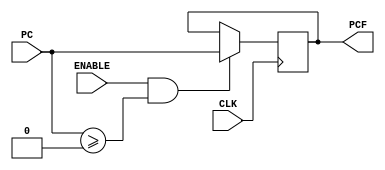
`timescale 100fs/100fs

// Simulate the WB_IF register
module WB_IF(PC, CLK, ENABLE, PCF);
input [31:0] PC;
input CLK, ENABLE;
output reg [31:0] PCF;

initial begin
    PCF=0;
end

always @(posedge CLK) begin
    if(ENABLE==1 && $signed(PC)>=0 )
        PCF = PC;
end
endmodule

// Simulate the IF_ID register
module IF_ID(CLK, RESET, PCplus4_in, Instr_in, PCplus4_out, Instr_out);
input CLK,RESET;
input [31:0] PCplus4_in;
input [31:0] Instr_in;
output reg [31:0] PCplus4_out;
output reg [31:0] Instr_out;

initial begin
    Instr_out <= 32'b0;                                     
    PCplus4_out <= 0;
end

always @(posedge CLK) begin
    if (RESET) begin
        Instr_out <= 32'b00000000000000000000000000000000;
        PCplus4_out <= -1; 
    end
    else begin
        Instr_out <= Instr_in;                                         
        PCplus4_out <= PCplus4_in;                      
    end
end
endmodule

// Simulate the ID_EX register
module ID_EX(CLK, RESET, RegWrite_in, MemtoReg_in, MemWrite_in, Branch_in,
ALUControl_in, ALUSrc_in, ALUSrc_sa_in, RegDst_in,
RegWrite_out, MemtoReg_out, MemWrite_out, Branch_out,
ALUControl_out, ALUSrc_out, ALUSrc_sa_out, RegDst_out,
RD1_in, RD2_in, Rt_in, Rd_in, shamt_in, SignImm_in, PCplus4_in,
RD1_out, RD2_out, Rt_out, Rd_out, shamt_out, SignImm_out, PCplus4_out);
input CLK, RESET;
input RegWrite_in, MemtoReg_in, MemWrite_in, Branch_in, ALUSrc_in, ALUSrc_sa_in, RegDst_in;
input [3:0] ALUControl_in;
input [31:0] RD1_in, RD2_in, SignImm_in, PCplus4_in;
input [4:0] Rt_in, Rd_in, shamt_in;
output reg RegWrite_out, MemtoReg_out, MemWrite_out, Branch_out, ALUSrc_out, ALUSrc_sa_out, RegDst_out;
output reg [3:0] ALUControl_out;
output reg [31:0] RD1_out, RD2_out, SignImm_out, PCplus4_out;
output reg [4:0] Rt_out, Rd_out, shamt_out;

initial begin
    RegWrite_out <= 0;
    MemtoReg_out <= 0;
    MemWrite_out <= 0;
    Branch_out <= 0;
    ALUSrc_out <= 0;
    ALUSrc_sa_out <= 0;
    RegDst_out <= 0;
    ALUControl_out <= 0;
    RD1_out <= 0;
    RD2_out <= 0;
    SignImm_out <= 0;
    PCplus4_out <= 0;
    Rt_out <= 0;
    Rd_out <= 0;
    shamt_out <= 0;
end

always @(posedge CLK) begin
    if(RESET) begin
        RegWrite_out <= 0;
        MemtoReg_out <= 0;
        MemWrite_out <= 0;
        Branch_out <= 0;
        ALUSrc_out <= 0;
        ALUSrc_sa_out <= 0;
        RegDst_out <= 0;
        ALUControl_out <= 0;
        RD1_out <= 0;
        RD2_out <= 0;
        SignImm_out <= 0;
        PCplus4_out <= -1;
        Rt_out <= 0;
        Rd_out <= 0;
        shamt_out <= 0;
    end
    else begin
        RegWrite_out <= RegWrite_in;
        MemtoReg_out <= MemtoReg_in;
        MemWrite_out <= MemWrite_in;
        Branch_out <= Branch_in;
        ALUSrc_out <= ALUSrc_in;
        ALUSrc_sa_out <= ALUSrc_sa_in;
        RegDst_out <= RegDst_in;
        ALUControl_out <= ALUControl_in;
        RD1_out <= RD1_in;
        RD2_out <= RD2_in;
        SignImm_out <= SignImm_in;
        PCplus4_out <= PCplus4_in;
        Rt_out <= Rt_in;
        Rd_out <= Rd_in;
        shamt_out <= shamt_in;
    end
end
endmodule

// Simulate the EX_MEM register
module EX_MEM(CLK, RESET, RegWrite_in, MemtoReg_in, MemWrite_in, Branch_in,
RegWrite_out, MemtoReg_out, MemWrite_out, Branch_out,
C_in, zero_in, WriteData_in, WriteReg_in, PCBranch_in,
C_out, zero_out, WriteData_out, WriteReg_out, PCBranch_out);
input CLK, RESET;
input RegWrite_in, MemtoReg_in, MemWrite_in, Branch_in;
input [31:0] C_in, WriteData_in, PCBranch_in;
input zero_in;
input [4:0] WriteReg_in;
output reg RegWrite_out, MemtoReg_out, MemWrite_out, Branch_out;
output reg [31:0] C_out, WriteData_out, PCBranch_out;
output reg zero_out;
output reg [4:0] WriteReg_out;

initial begin
    RegWrite_out <= 0;
    MemtoReg_out <= 0;
    MemWrite_out <= 0;
    Branch_out <= 0;
    C_out <= 0;
    WriteData_out <= 0;
    PCBranch_out <= 0;
    zero_out <= 0;
    WriteReg_out <= 0;
end

always @(posedge CLK) begin
    if (RESET) begin
        RegWrite_out <= 0;
        MemtoReg_out <= 0;
        MemWrite_out <= 0;
        Branch_out <= 0;
        C_out <= 0;
        WriteData_out <= 0;
        PCBranch_out <= -1;
        zero_out <= 0;
        WriteReg_out <= 0;
    end else begin
        RegWrite_out <= RegWrite_in;
        MemtoReg_out <= MemtoReg_in;
        MemWrite_out <= MemWrite_in;
        Branch_out <= Branch_in;
        C_out <= C_in;
        WriteData_out <= WriteData_in;
        PCBranch_out <= PCBranch_in;
        zero_out <= zero_in;
        WriteReg_out <= WriteReg_in;
    end
end
endmodule

// Simulate the MEM_WB register
module MEM_WB(CLK, RegWrite_in, MemtoReg_in, C_in, ReadData_in, WriteReg_in,
RegWrite_out, MemtoReg_out, C_out, ReadData_out, WriteReg_out);
input CLK;
input RegWrite_in, MemtoReg_in;
input [31:0] C_in, ReadData_in;
input [4:0] WriteReg_in;
output reg RegWrite_out, MemtoReg_out;
output reg [31:0] C_out, ReadData_out;
output reg [4:0] WriteReg_out;

initial begin
    RegWrite_out <= 0;
    MemtoReg_out <= 0;
    C_out <= 0;
    ReadData_out <= 0;
    WriteReg_out <= 0;
end

always @(posedge CLK) begin
    RegWrite_out <= RegWrite_in;
    MemtoReg_out <= MemtoReg_in;
    C_out <= C_in;
    ReadData_out <= ReadData_in;
    WriteReg_out <= WriteReg_in;
end
endmodule